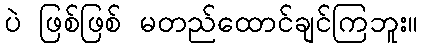
ပဲ ဖြစ်ဖြစ် မတည်ထောင်ချင်ကြဘူး။